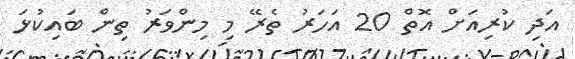
އަދި ކުރިއަށް އޮތް 20 އަހަރު ތެރޭ މި މިންވަރު ތިން ބައިކުޅަ